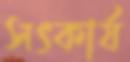
সৎকার্য